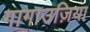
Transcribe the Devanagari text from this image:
गागाउज़िया